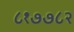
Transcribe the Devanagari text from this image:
८१७७८२